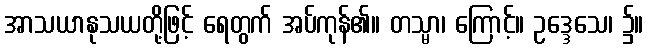
အာသယာနုသယတို့ဖြင့် ရေတွက် အပ်ကုန်၏။ တသ္မာ၊ ကြောင့်။ ဥဒ္ဒေသေ၊ ၌။